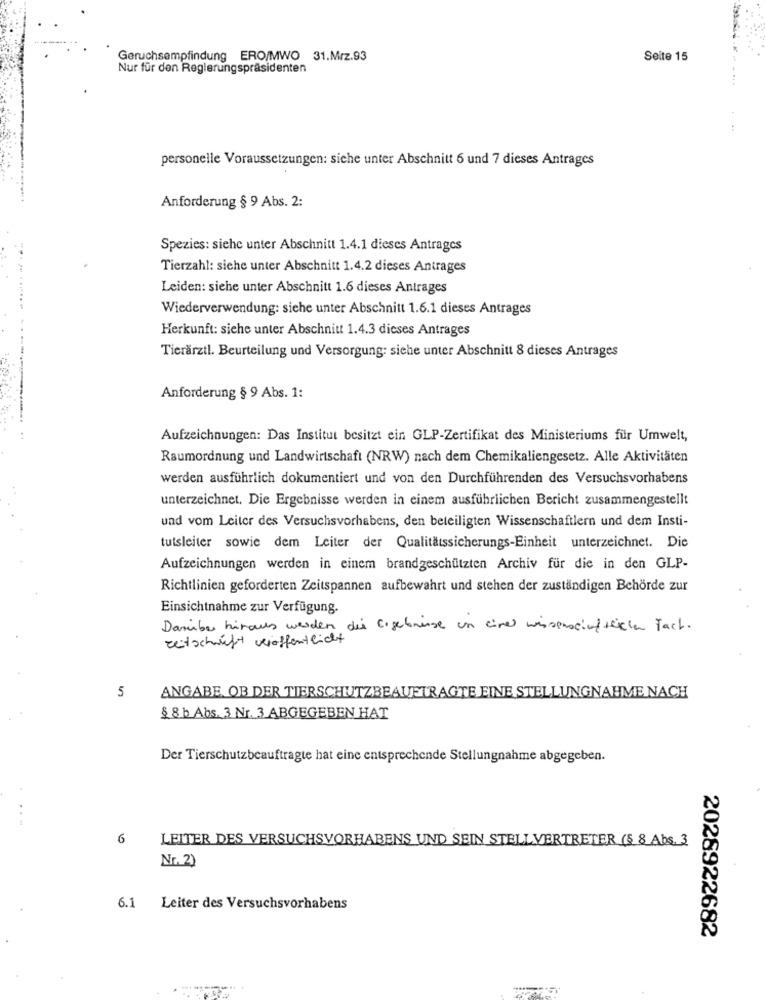
Geruchsempfindung ERO/MWO 31.Mrz.93
Seite 15
Nur für den Regierungspräsidenten
personelle Voraussetzungen: siehe unter Abschnitt 6 und 7 dieses Antrages
Anforderung § 9 Abs. 2:
Spezies: siehe unter Abschnitt 1.4.1 dieses Antrages
Tierzahl: siehe unter Abschnitt 1.4.2 dieses Antrages
Leiden: siehe unter Abschnitt 1.6 dieses Antrages
Wiederverwendung: siehe unter Abschnitt 1.6.1 dieses Antrages
.....
Herkunft: siche unter Abschnitt 1.4.3 dieses Antrages
Tierarztl. Beurteilung und Versorgung: siehe unter Abschnitt 8 dieses Antrages
Anforderung § 9 Abs. 1:
Aufzeichnungen: Das Institut besitzt ein GLP-Zertifikat des Ministeriums für Umwelt,
Raumordnung und Landwirtschaft (NRW) nach dem Chemikaliengesetz. Alle Aktivitäten
werden ausführlich dokumentiert und von den Durchführenden des Versuchsvorhabens
unterzeichnet. Die Ergebnisse werden in einem ausführlichen Bericht zusammengestellt
und vom Leiter des Versuchsvorhabens, den beteiligten Wissenschaftlern und dem Insti-
tulsleiter sowie dem Leiter der Qualitätssicherungs-Einheit unterzeichnet. Die
Aufzeichnungen werden in einem brandgeschützten Archiv für die in den GLP-
Richtlinien geforderten Zeitspannen aufbewahrt und stehen der zuständigen Behörde zur
Einsichtnahme zur Verfügung.
Darüber hinaus werden die Ergebnisse un einer wissenschaftlichen Tach.
zeitschrift veröffentlicht
5
ANGABE OB DER TIERSCHUTZBEAUFTRAGTE EINE STELLUNGNAHME NACH
§ 8 b Abs. 3 Nr. 3 ABGEGEBEN HAT
Der Tierschutzbeauftragte hat eine entsprechende Stellungnahme abgegeben.
...
6
LEITER DES VERSUCHSVORHABENS UND SEIN STELLVERTRETER (§ 8 Abs. 3
Nr. 2)
6.1 Leiter des Versuchsvorhabens
2028922682